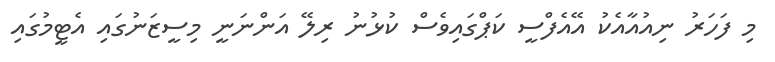
މި ފަހަރު ނިއުއާއެކު އޭއެފްސީ ކަޕްގައިވެސް ކުޅުނު ރިލޭ އަންނަނީ މިސީޒަނުގައި އެޓީމުގައި